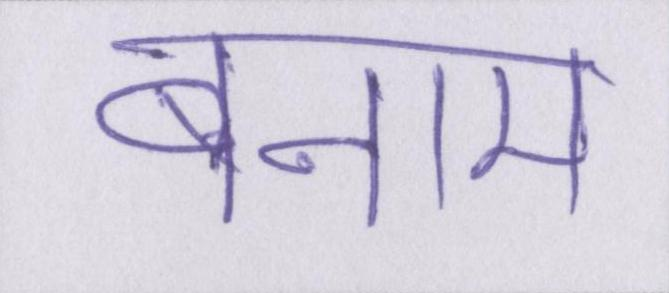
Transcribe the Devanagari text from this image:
बनाम